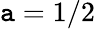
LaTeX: \mathtt{a}=1/2